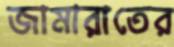
জামারাতের